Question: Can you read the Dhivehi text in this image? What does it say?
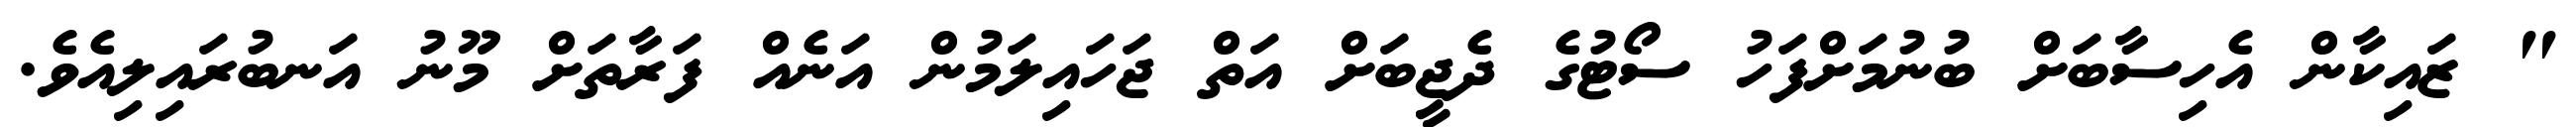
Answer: " ޒައިކާން އެހިސާބަށް ބުނުމަށްފަހު ސޯޓުގެ ދެޖީބަށް އަތް ޖަހައިލަމުން އަނެއް ފަރާތަށް މޫނު އަނބުރައިލިއެވެ.